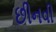
છીનવી